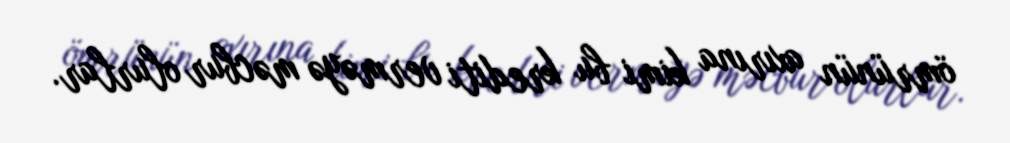
ömrünün axırına kimi bu krediti verməyə məcbur olurlar.